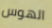
الهوس